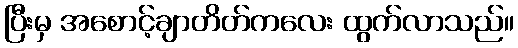
ပြီးမှ အစောင့်ချာတိတ်ကလေး ထွက်လာသည်။